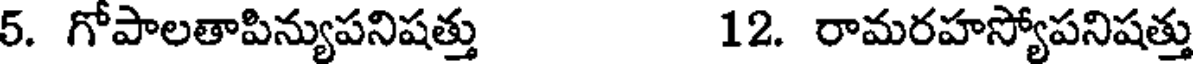
5. గోపాలతాపిన్యుపనిషత్తు 12. రామరహస్యోపనిషత్తు